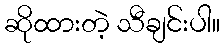
ဆိုထားတဲ့ သီချင်းပါ။